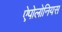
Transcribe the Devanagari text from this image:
ऐपोलोनियस